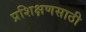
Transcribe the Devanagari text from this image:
प्रशिक्षणसाठी